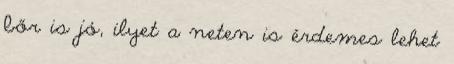
bőr is jó, ilyet a neten is érdemes lehet